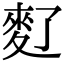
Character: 𪌀